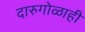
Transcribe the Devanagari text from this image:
दारुगोळाही